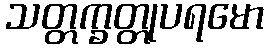
သတ္တက္ခတ္တုပရမော